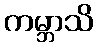
ကမ္ဘာသိ